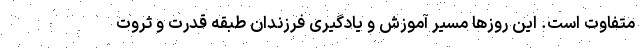
متفاوت است. این روزها مسیر آموزش و یادگیری فرزندان طبقه قدرت و ثروت